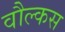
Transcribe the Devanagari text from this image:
वौल्कस